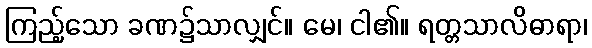
ကြည့်သော ခဏ၌သာလျှင်။ မေ၊ ငါ၏။ ရတ္တသာလိဓာရာ၊